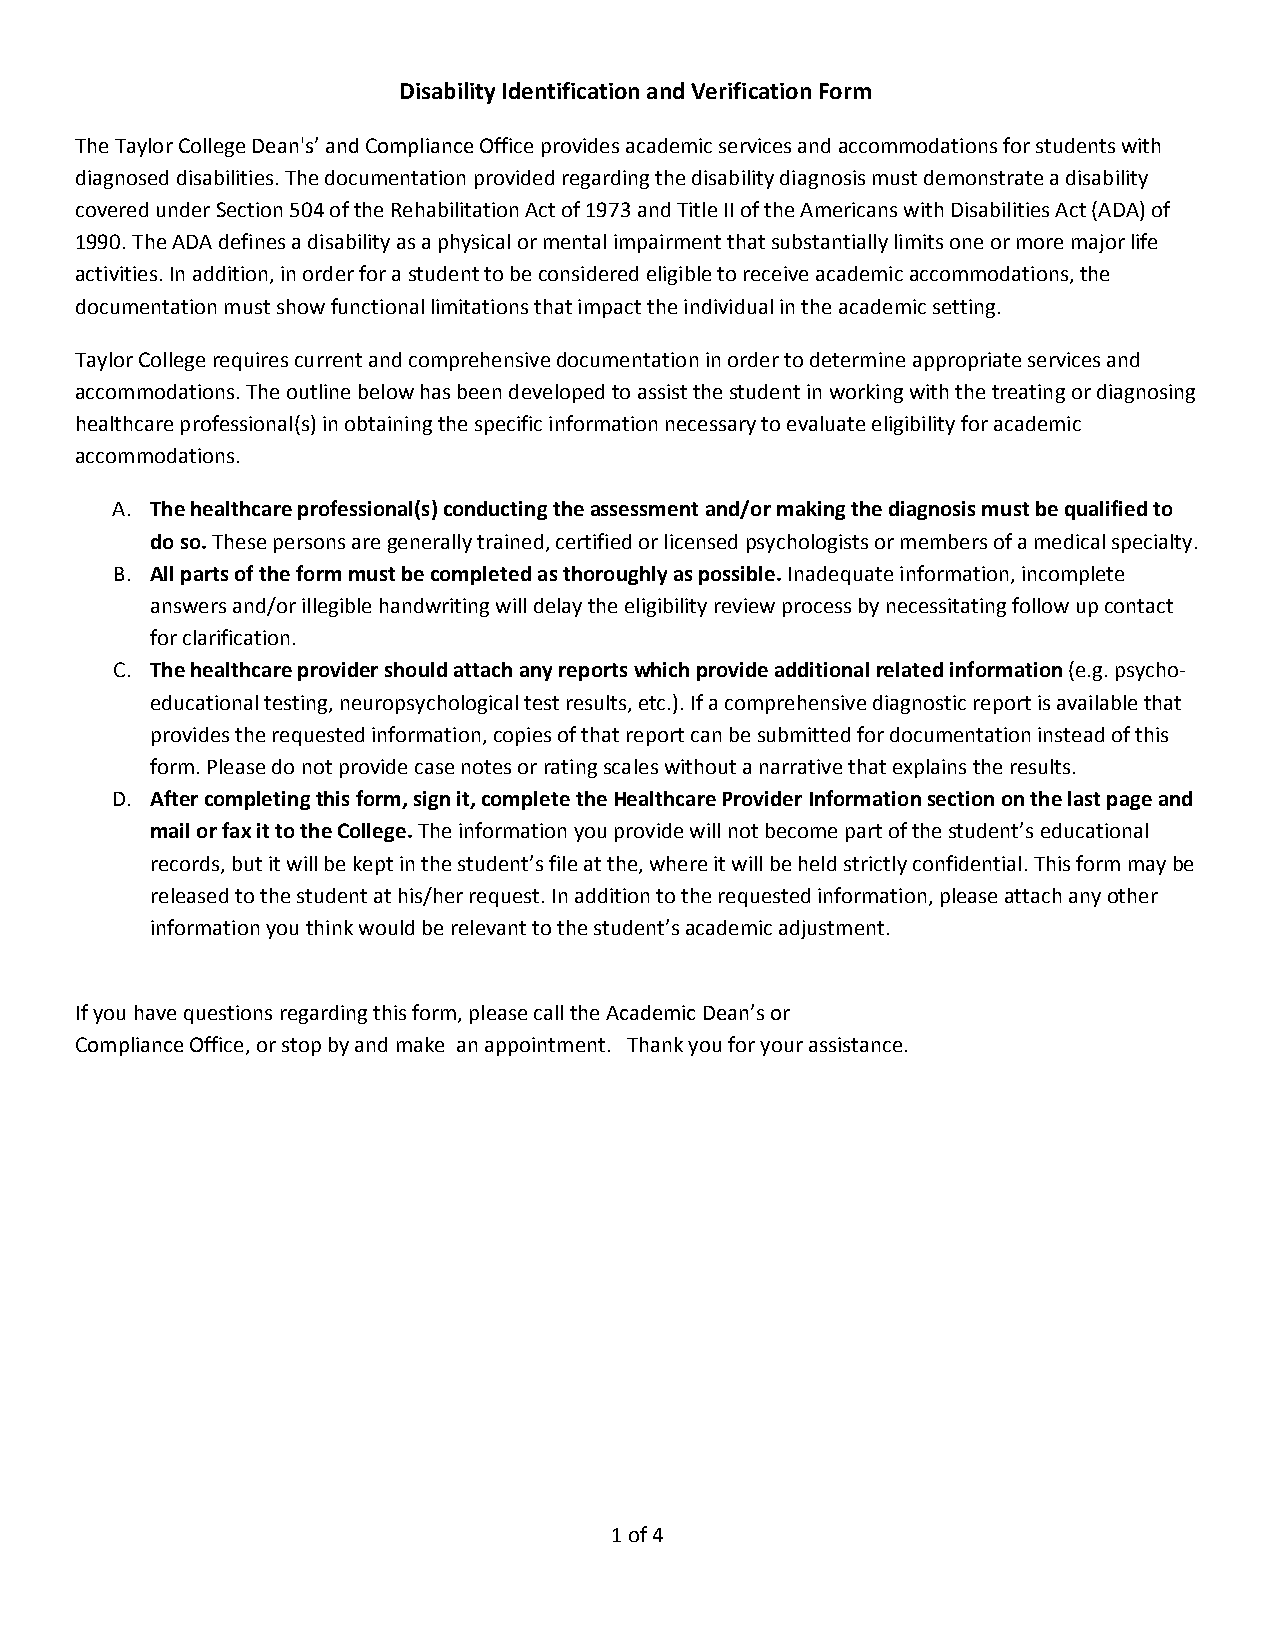
Disability Identification and Verification Form
 The Taylor College Dean's’ and Compliance Office provides academic services and accommodations for students with
 diagnosed disabilities. The documentation provided regarding the disability diagnosis must demonstrate a disability
 covered under Section 504 of the Rehabilitation Act of 1973 and Title II of the Americans with Disabilities Act (ADA) of
 1990. The ADA defines a disability as a physical or mental impairment that substantially limits one or more major life
 activities. In addition, in order for a student to be considered eligible to receive academic accommodations, the
 documentation must show functional limitations that impact the individual in the academic setting.
 Taylor College requires current and comprehensive documentation in order to determine appropriate services and
 accommodations. The outline below has been developed to assist the student in working with the treating or diagnosing
 healthcare professional(s) in obtaining the specific information necessary to evaluate eligibility for academic
 accommodations.
 A. The healthcare professional(s) conducting the assessment and/or making the diagnosis must be qualified to
 do so. These persons are generally trained, certified or licensed psychologists or members of a medical specialty.
 B. All parts of the form must be completed as thoroughly as possible. Inadequate information, incomplete
 answers and/or illegible handwriting will delay the eligibility review process by necessitating follow up contact
 for clarification.
 C. The healthcare provider should attach any reports which provide additional related information (e.g. psycho‐
 educational testing, neuropsychological test results, etc.). If a comprehensive diagnostic report is available that
 provides the requested information, copies of that report can be submitted for documentation instead of this
 form. Please do not provide case notes or rating scales without a narrative that explains the results.
 D. After completing this form, sign it, complete the Healthcare Provider Information section on the last page and
 mail or fax it to the College. The information you provide will not become part of the student’s educational
 records, but it will be kept in the student’s file at the, where it will be held strictly confidential. This form may be
 released to the student at his/her request. In addition to the requested information, please attach any other
 information you think would be relevant to the student’s academic adjustment.
 If you have questions regarding this form, please call the Academic Dean’s or
 Compliance Office, or stop by and make an appointment. Thank you for your assistance.
 1 of 4